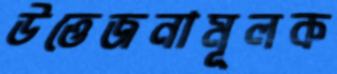
উত্তেজনামূলক